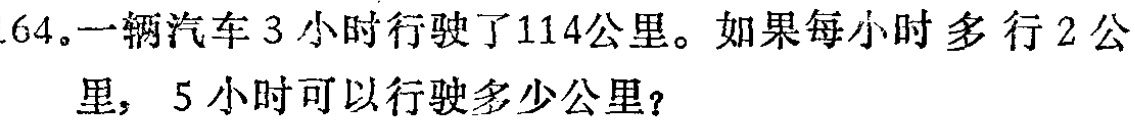
64.一辆汽车3小时行驶了114公里。如果每小时多行2公里，5小时可以行驶多少公里？